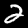
Digit: 2